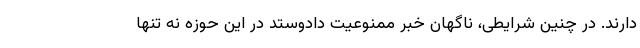
دارند. در چنین شرایطی، ناگهان خبر ممنوعیت دادوستد در این حوزه نه تنها